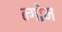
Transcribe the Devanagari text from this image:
न्गोम